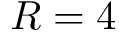
R = 4